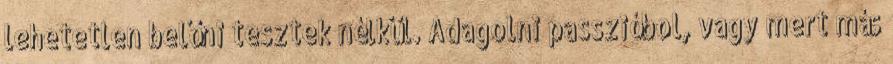
lehetetlen belőni tesztek nélkül. Adagolni passzióbol, vagy mert más